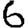
Digit: 6